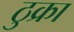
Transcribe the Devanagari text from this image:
ठुक्रा